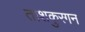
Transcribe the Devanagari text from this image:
ताशकुरगन